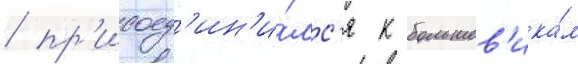
/ пр'исоед'ин'и́лс'я к большев'ика́м